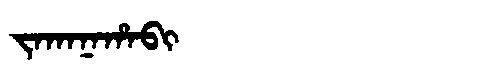
Manchu: ᠵᠠᡴᠠᠨᠠᡥᠠᠪᡳ
Romanization: JAKANAHABI